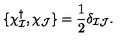
\{ \chi _ { \cal I } ^ { \dagger } , \chi _ { \cal J } \} = { \frac { 1 } { 2 } } \delta _ { { \cal I } { \cal J } } .